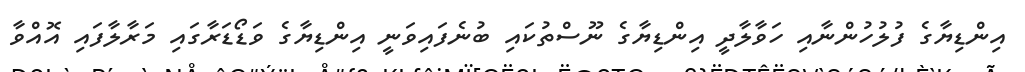
އިންޑިޔާގެ ފުލުހުންނާއި ހަވާލާދީ އިންޑިޔާގެ ނޫސްތުކައި ބުނެފައިވަނީ އިންޑިޔާގެ ވަޑޯޑަރާގައި މަރާލާފައި އޮއްވާ